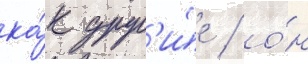
ка́к друг'и́е / о́н